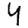
Digit: 4